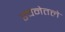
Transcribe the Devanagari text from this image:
रचनेतले